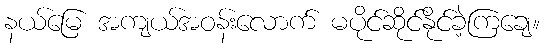
နယ်မြေ အကျယ်အဝန်းလောက် မပိုင်ဆိုင်နိုင်ခဲ့ကြချေ။